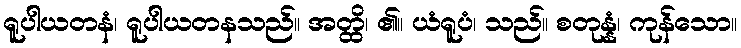
ရူပါယတနံ၊ ရူပါယတနသည်။ အတ္ထိ၊ ၏။ ယံရူပံ၊ သည်။ စတုန္နံ၊ ကုန်သော။